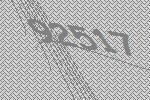
92517